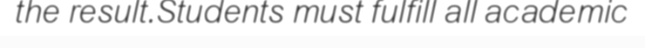
the result.Students must fulfill all academic